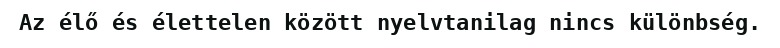
Az élő és élettelen között nyelvtanilag nincs különbség.